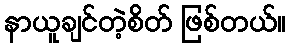
နာယူချင်တဲ့စိတ် ဖြစ်တယ်။